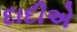
દાદીએ